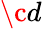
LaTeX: \c{d}